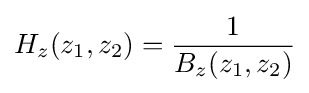
H_{z}(z_{1},z_{2})={\frac {1}{B_{z}(z_{1},z_{2})}}